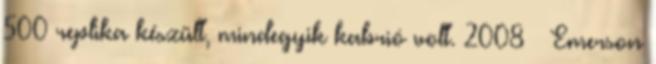
500 replika készült, mindegyik kabrió volt. 2008 – Emerson